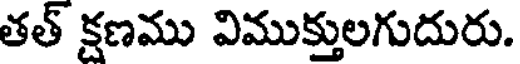
తత్ క్షణము విముక్తులగుదురు.